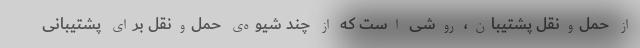
از حمل‌ونقل پشتیبان، روشی است که از چند شیوه‌ی حمل‌ونقل برای پشتیبانی